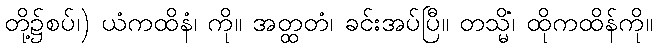
တို့၌စပ်၊) ယံကထိနံ၊ ကို။ အတ္ထတံ၊ ခင်းအပ်ပြီ။ တသ္မိံ၊ ထိုကထိန်ကို။